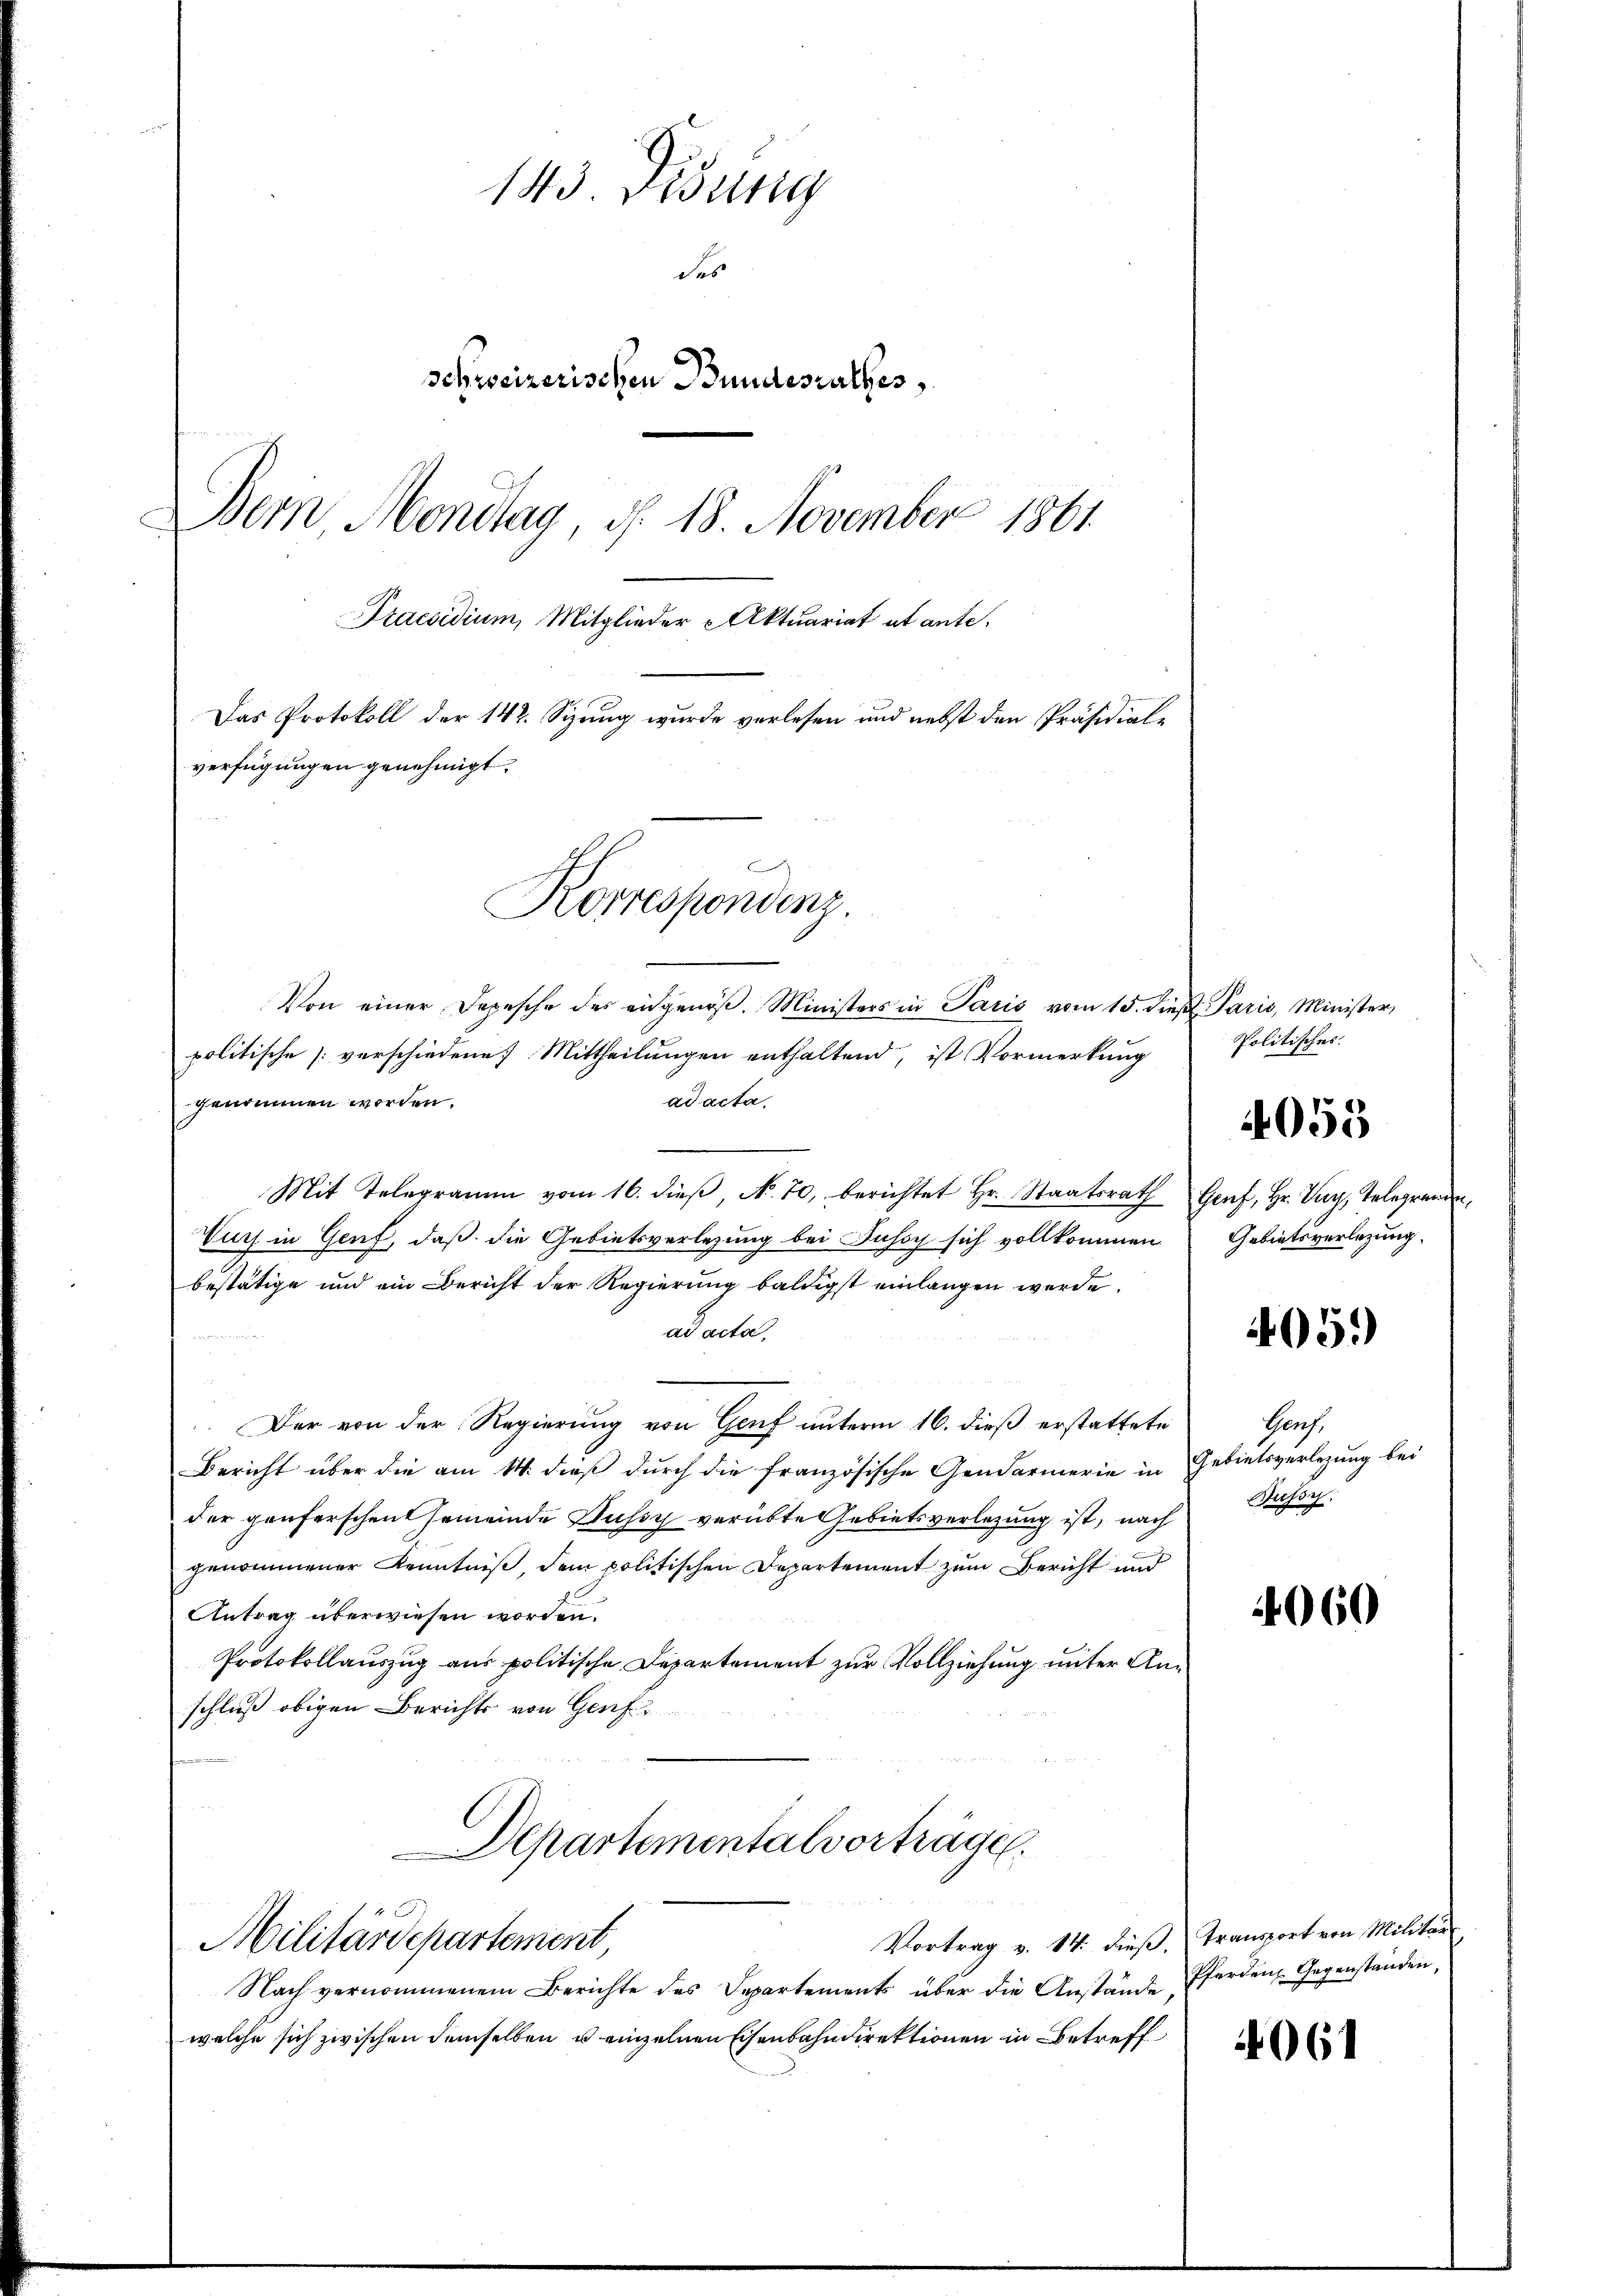
143 Disung
des
schweizerischen Bundesrathes
Dem Mondtag, d. 18. November 1861.
Praesidium, Mitglieder Aktuariat et ante.
Das Protokoll der 142. Sizung wurde verlesen und nebst den Präsidialverfügungen genehmigt.

Von einer Depesche des eidgenöβ. Ministers in Paris vom 15. dieβ. Paris, Minister,
politische [verschiedene Mittheilungen enthaltend, ist Vormerkung
ad acta.
genommen worden.
Mit Telegram vom 16. dieβ, No. 70, berichtet Hr. Staatsrath Genf, Hr. Vay, Telegranden,
Vurs in Genf, daß die Gebietsverlegung bei Fuss sich vollkommen Gebietsverlegung.
bestätige und ein Bericht der Regierung baldigst einlangen werde.
ad acta
Der von der Regierung von Genf unterm 16. dieß erstattete Genf,
Bericht über die am 14. dieß durch die französische Gendarmerie in Gebietsverlegung bei
der geuferschen Gemeinde Gussy verübte Gebietsverlegung ist, nach
genommener Kenntniß, dem politischen Departement zum Bericht und
Antrag überwiesen worden.
Protokollauszug aus politische Departement zur Vollziehung unter Anschluß obigen Berichts von Genf¬
Departementalvorträge.
Vortrag v. 14. dieß. Transport von Militär
Militärdepartement,
Nach vernommenem Berichte des Departements über die Anstände
welche sich zwischen demselben u einzelnen Eisenbahndirektionen in Betreff

Korrespondenz.

Politisches.
405.)
Bussy.

4055

4060

4061

Pferden Gegenstanden,